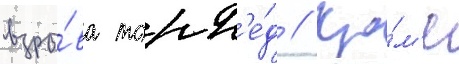
взры́ва торп'е́д // Кро́м'е